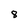
Character: 8